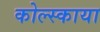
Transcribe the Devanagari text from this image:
कोल्स्काया